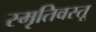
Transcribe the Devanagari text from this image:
स्मृतिवस्तू